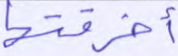
أخرقتها